Leaving Certificate Examination (including Day School Certificate (Higher) General paper), 1937
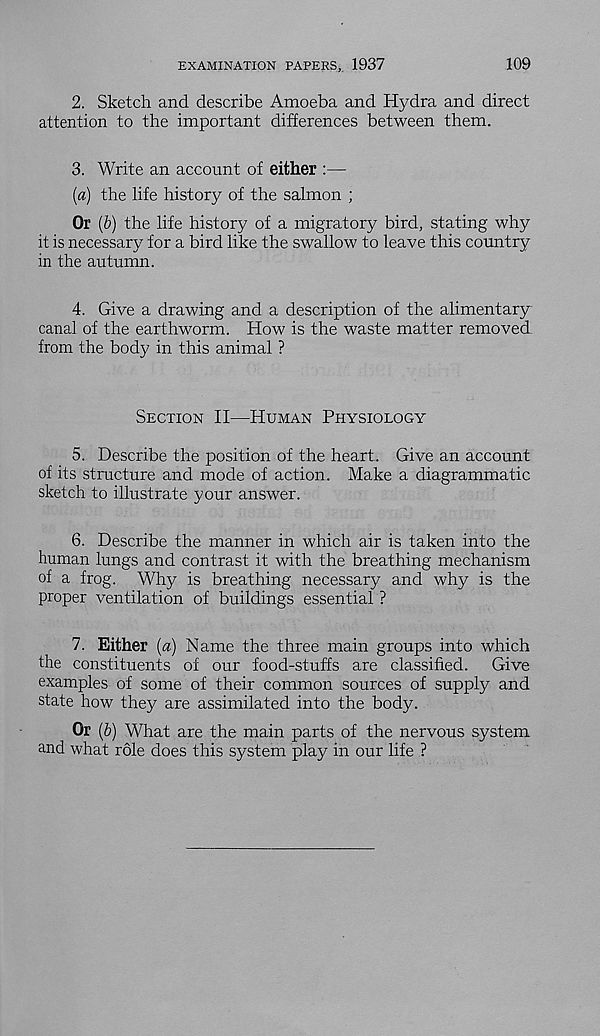
EXAMINATION PAPERS,. 1937
109
2. Sketch and describe Amoeba and Hydra and direct
attention to the important differences between them.
3. Write an account of either :—
(a) the life history of the salmon ;
Or (b) the life history of a migratory bird, stating why
it is necessary for a bird like the swallow to leave this country
in the autumn.
4. Give a drawing and a description of the alimentary
canal of the earthworm. How is the waste matter removed
from the body in this animal ?
Section II—Human Physiology
5. Describe the position of the heart. Give an account
of its structure and mode of action. Make a diagrammatic
sketch to illustrate your answer.
6. Describe the manner in which air is taken into the
human lungs and contrast it with the breathing mechanism
of a frog. Why is breathing necessary and why is the
proper ventilation of buildings essential ?
7. Either (a) Name the three main groups into which
the constituents of our food-stuffs are classified.
Give
examples of some of their common sources of supply and
state how they are assimilated into the body.
Or (b) What are the main parts of the nervous system
and what role does this system play in our life ?